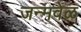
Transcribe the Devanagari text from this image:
जन्मवेळ